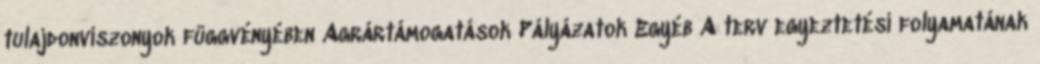
tulajdonviszonyok függvényében Agrártámogatások Pályázatok Egyéb A terv egyeztetési folyamatának